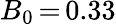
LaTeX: B_{0}\, {=}\, 0.33